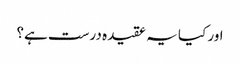
اور کیا یہ عقیدہ درست ہے؟